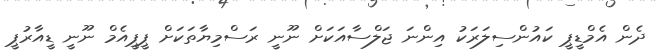
ދެން އެމްޑީޕީ ކައުންސިލަރަކު އިންނަ ޖަލްސާއަކަށް ނޫނީ ރަސްމިޔާތަކަށް ޕީޕީއެމް ނޫނީ ޑީއާރުޕީ